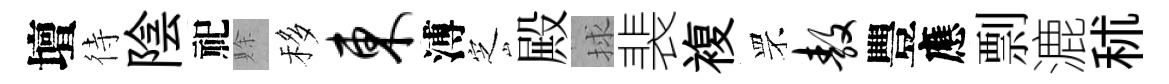
壇待陰祀賖移东溥㝎殿捄裴複罘敖豐應剽漉秫